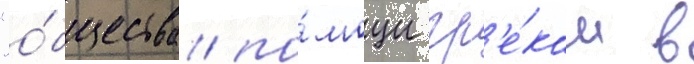
"о́бщества по́мощи гр'е́кам в